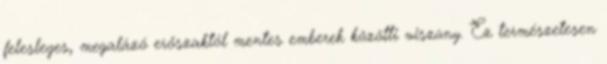
felesleges, megalázó erőszaktól mentes emberek közötti viszony. Ez természetesen